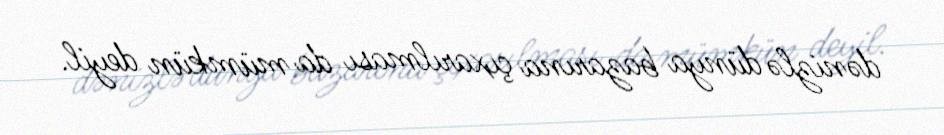
dənizlə dünya bazarına çıxarılması da mümkün deyil.